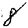
Digit: 8